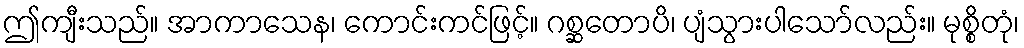
ဤကျီးသည်။ အာကာသေန၊ ကောင်းကင်ဖြင့်။ ဂစ္ဆတောပိ၊ ပျံသွားပါသော်လည်း။ မုစ္စိတုံ၊